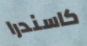
كاسندرا